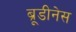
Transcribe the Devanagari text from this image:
ब्रूडीनेस